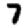
Digit: 7